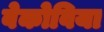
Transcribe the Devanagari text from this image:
वेकोविया